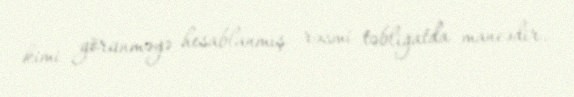
kimi görünməyə hesablanmış rəsmi təbliğatda maneədir.